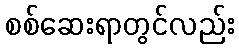
စစ်ဆေးရာတွင်လည်း